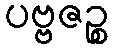
ပဗ္ဗဇဉ္စ